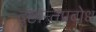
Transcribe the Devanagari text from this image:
दृष्टान्तप्रबोध